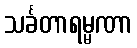
သင်္ခတာရမ္မဏာ